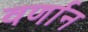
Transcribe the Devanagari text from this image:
वर्णान